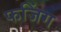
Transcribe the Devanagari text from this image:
फजिंग